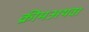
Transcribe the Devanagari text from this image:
क्रीमअथवा